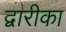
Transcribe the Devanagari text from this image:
द्वारीका